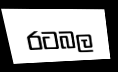
රටබල